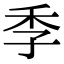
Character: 季